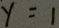
y = 1